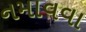
નમાવવા